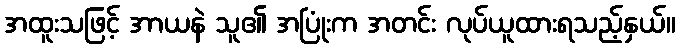
အထူးသဖြင့် အာယနဲ သူ၏ အပြုံးက အတင်း လုပ်ယူထားရသည့်နှယ်။